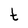
Character: t